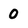
Character: 0